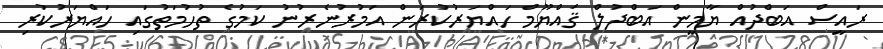
ރައީސް އަބްދުއް ޔާމީން އަބްދުލް ޤައްޔޫމް ހައްޔަރުކުރަން އަމުރުނެރުނު ކަމުގެ ތުހުމަތުގައި ހައްޔަރުކުރި